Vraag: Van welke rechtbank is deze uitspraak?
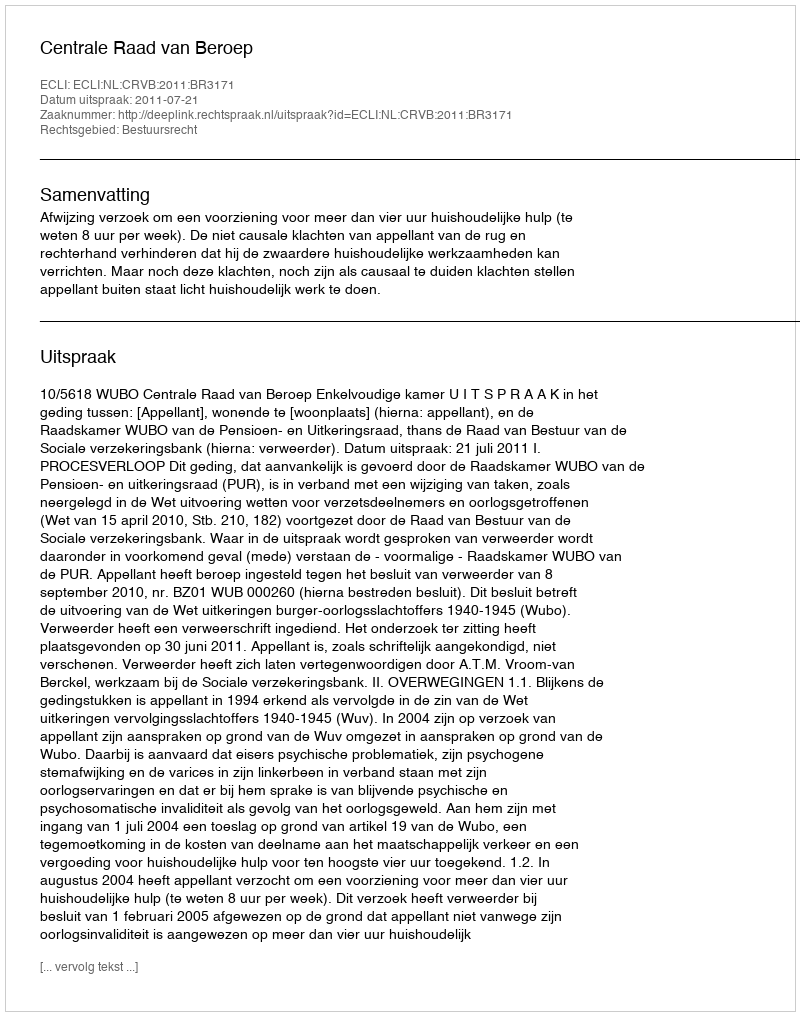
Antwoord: Centrale Raad van Beroep